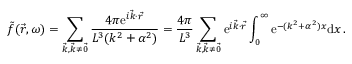
\Tilde { f } ( \vec { r } , \omega ) = \sum _ { \vec { k } , \vec { k } \neq \vec { 0 } } \frac { 4 \pi \mathrm { e } ^ { i \vec { k } \cdot \vec { r } } } { L ^ { 3 } ( k ^ { 2 } + \alpha ^ { 2 } ) } = \frac { 4 \pi } { L ^ { 3 } } \sum _ { \vec { k } , \vec { k } \neq \vec { 0 } } \mathrm { e } ^ { i \vec { k } \cdot \vec { r } } \int _ { 0 } ^ { \infty } \mathrm { e } ^ { - ( k ^ { 2 } + \alpha ^ { 2 } ) x } \mathrm { d } x \, .